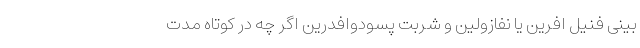
بینی فنیل افرین یا نفازولین و شربت پسودوافدرین اگر چه در کوتاه مدت